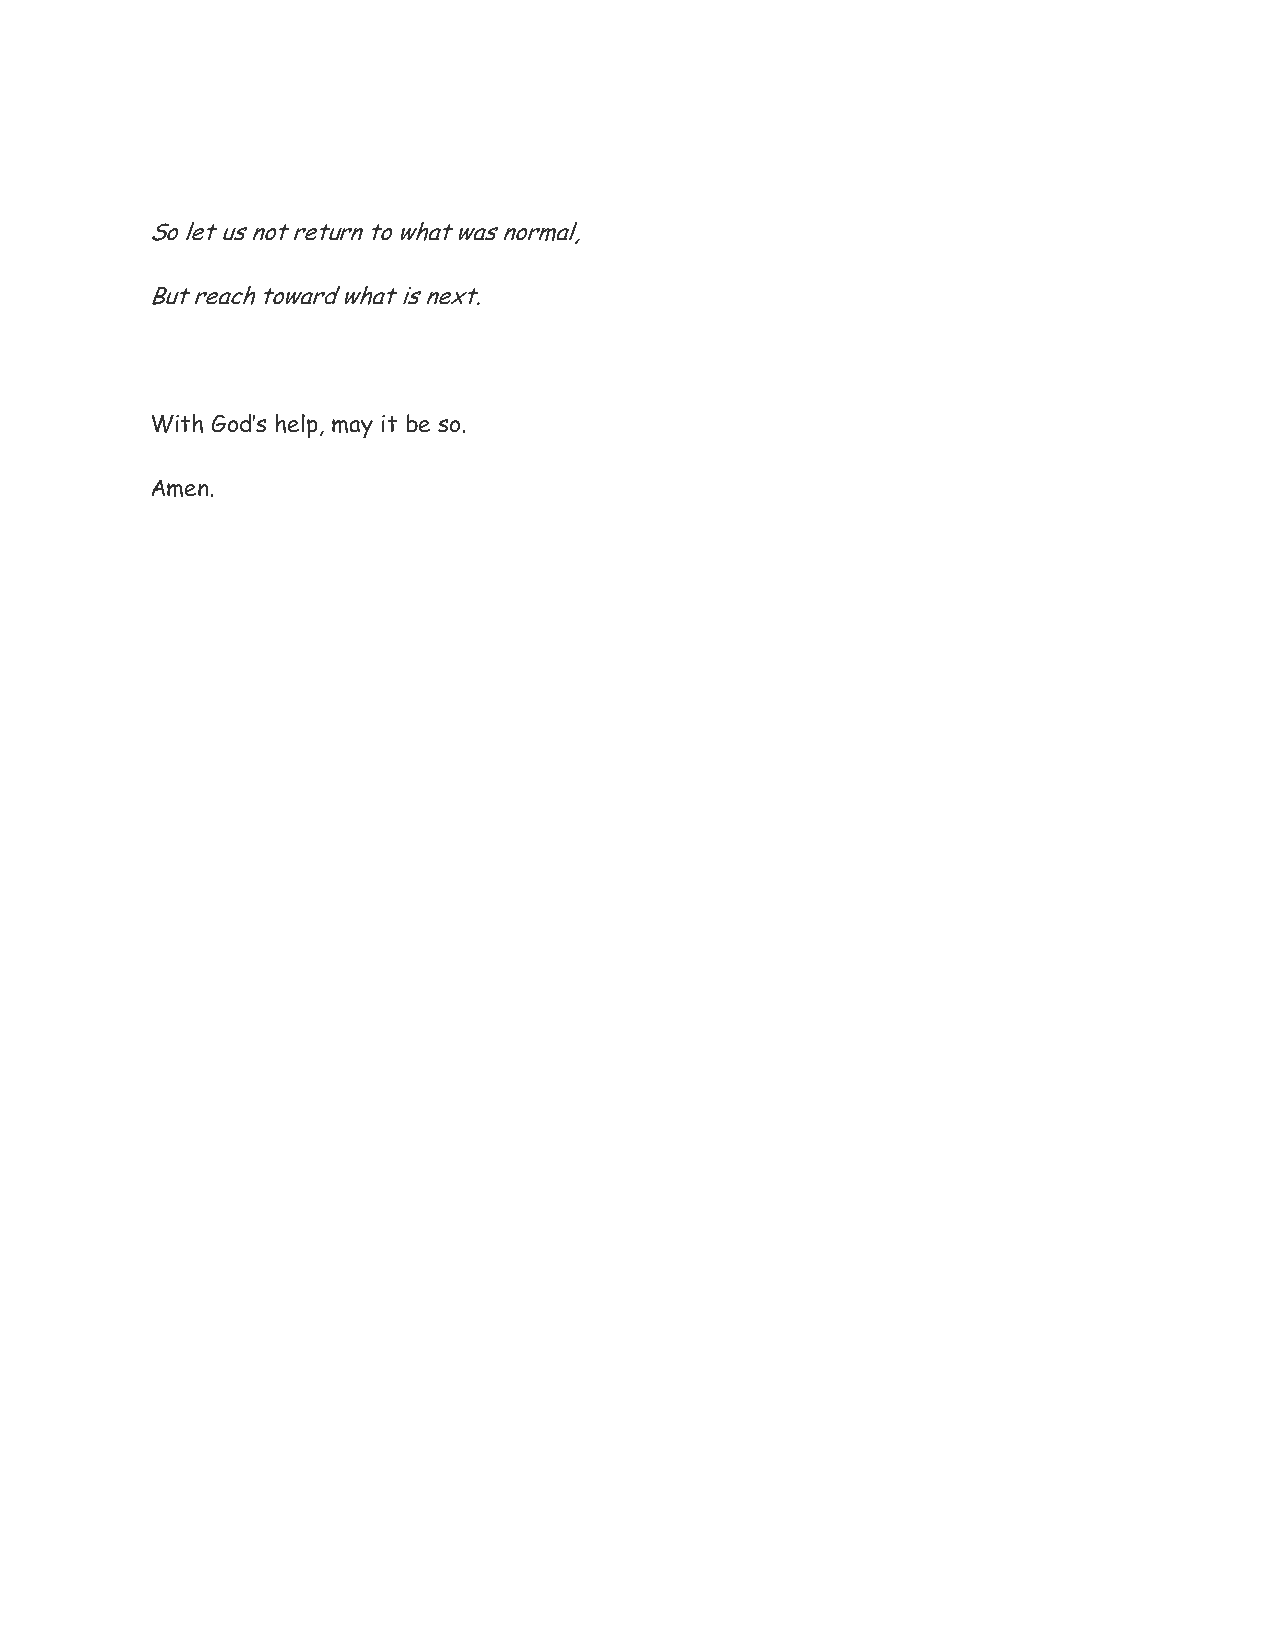
So let us not return to what was normal,
 But reach toward what is next.
 With God’s help, may it be so.
 Amen.